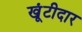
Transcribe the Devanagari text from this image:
खूंटीदार